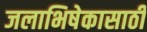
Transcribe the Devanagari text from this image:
जलाभिषेकासाठी